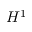
H ^ { 1 }